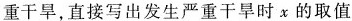
重干旱，直接写出发生严重干旱时x的取值